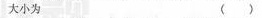
大小为（）